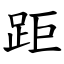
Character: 距